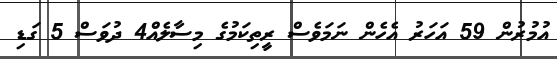
އުމުރުން 59 އަހަރު އެހެން ނަމަވެސް ރީތިކަމުގެ މިސާލެއް4 ދުވަސް 5 ގަޑި